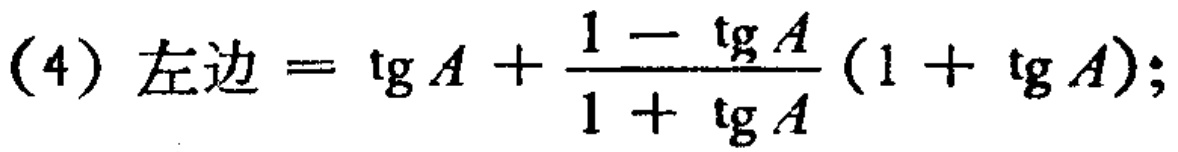
(4) 左边$=\mathrm{tg}A+\frac{1 - \mathrm{tg}A}{1 + \mathrm{tg}A}(1 + \mathrm{tg}A);$